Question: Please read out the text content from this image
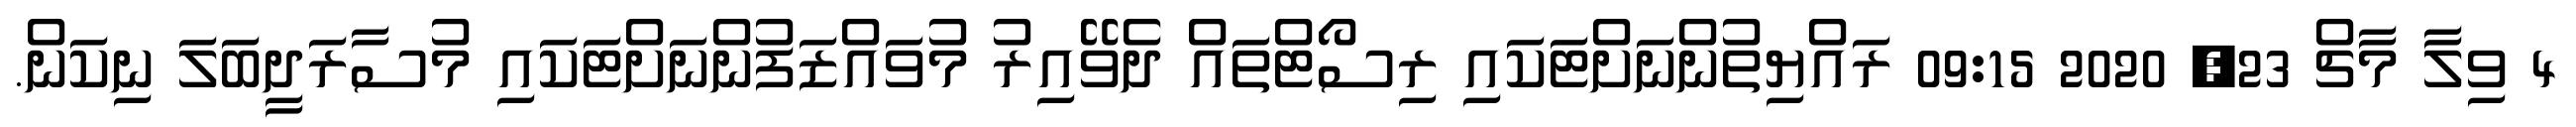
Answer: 4 ވިލާ މާޗް 23, 2020 09:15 ރައްޔިތުންނަށްޓަކައި ރިސޯޓްތައް ދެވޭއިރު މުވައްޒަފުންނަށްޓަކައި މުސާރަދީބަލަ ނިކަން.